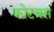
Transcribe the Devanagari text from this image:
कोटबस